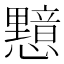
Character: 𭟛